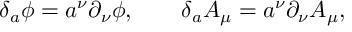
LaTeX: \delta _ { a } \phi = a ^ { \nu } \partial _ { \nu } \phi , \qquad \delta _ { a } A _ { \mu } = a ^ { \nu } \partial _ { \nu } A _ { \mu } ,